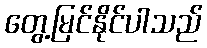
တွေ့မြင်နိုင်ပါသည်